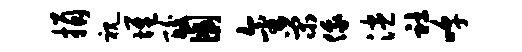
捐视堆酸圃金荣俄漶社嗥